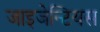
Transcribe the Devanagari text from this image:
जाइजेन्टियस